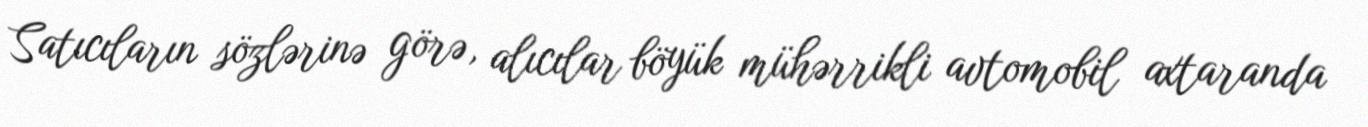
Satıcıların sözlərinə görə, alıcılar böyük mühərrikli avtomobil axtaranda